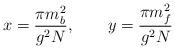
LaTeX: \begin{align*}x=\frac{\pi m_{b}^{2}}{g^2N}, \qquad y=\frac{\pi m_{f}^{2}}{g^2N}\end{align*}